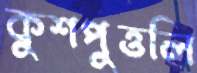
কুশপুত্তলি